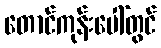
တောင်ကုန်းပေါ်တွင်